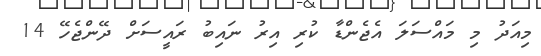
މިއަދު މި މައްސަލަ އެޖެންޑާ ކުރި އިރު ނައިބު ރައީސަށް ދޭންޖެހޭ 14